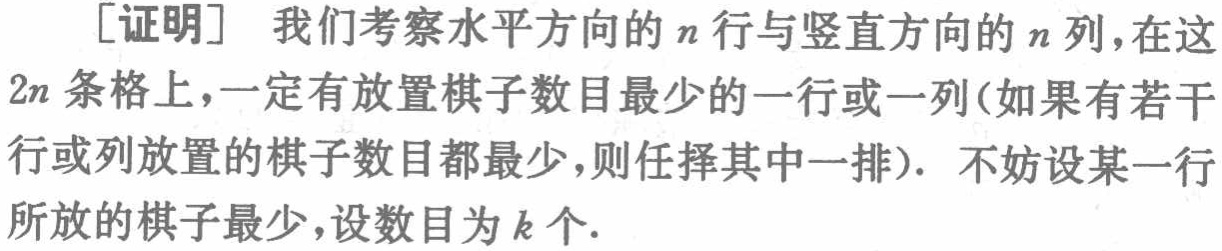
[证明] 我们考察水平方向的 \(n\) 行与竖直方向的 \(n\) 列，在这 \(2n\) 条格上，一定有放置棋子数目最少的一行或一列(如果有若干行或列放置的棋子数目都最少，则任择其中一排)。不妨设某一行所放的棋子最少，设数目为 \(k\) 个.